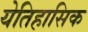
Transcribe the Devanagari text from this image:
येतिहासिक